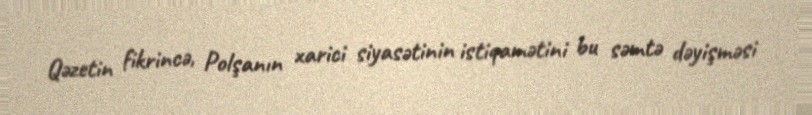
Qəzetin fikrincə, Polşanın xarici siyasətinin istiqamətini bu səmtə dəyişməsi